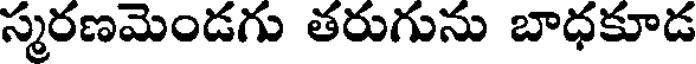
స్మరణమెండగు తరుగును బాధకూడ